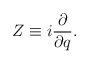
\begin{align*} Z \equiv i\frac{\partial}{\partial q}.\end{align*}